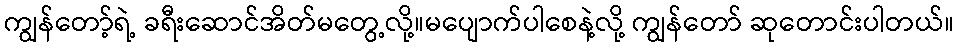
ကျွန်တော့်ရဲ့ ခရီးဆောင်အိတ်မတွေ့လို့။မပျောက်ပါစေနဲ့လို့ ကျွန်တော် ဆုတောင်းပါတယ်။